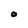
Character: O